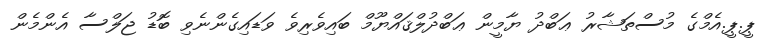
ޕީ.ޕީ.އެމްގެ މުސްތަޝާރު ޢަބްދު ޔާމީން ޢަބްދުލްޤައްޔޫމް ބައިވެރިވެ ވަޑައިގެންނެވި ބޮޑު ޖަލްސާ އެންމެން